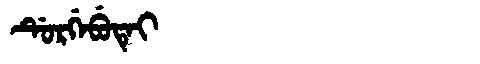
Manchu: ᡩᡠᡵᡤᡝᠪᡠᡨᡝᡳ
Romanization: DURGEBUTEI